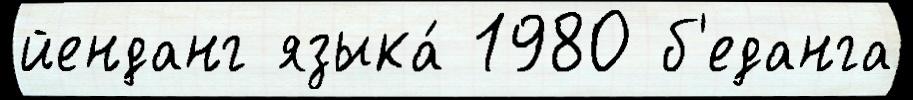
йенданг языка́ 1980 б'еданга